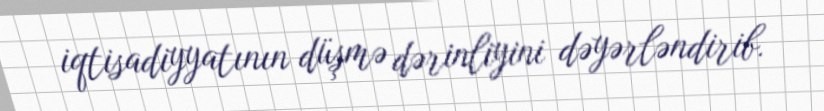
iqtisadiyyatının düşmə dərinliyini dəyərləndirib.